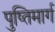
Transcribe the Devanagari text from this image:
पुष्तिमार्ग